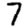
Digit: 7